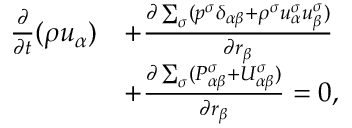
\begin{array} { r } { \begin{array} { r l } { \frac { \partial } { \partial t } ( \rho u _ { \alpha } ) } & { + \frac { \partial \sum _ { \sigma } ( p ^ { \sigma } \delta _ { \alpha \beta } + \rho ^ { \sigma } u _ { \alpha } ^ { \sigma } u _ { \beta } ^ { \sigma } ) } { \partial r _ { \beta } } } \\ & { + \frac { \partial \sum _ { \sigma } ( P _ { \alpha \beta } ^ { \sigma } + U _ { \alpha \beta } ^ { \sigma } ) } { \partial r _ { \beta } } = 0 , } \end{array} } \end{array}